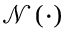
\mathcal { N } ( \cdot )